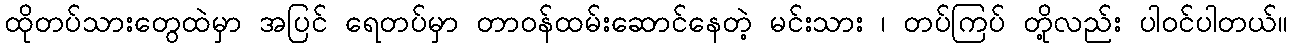
ထိုတပ်သားတွေထဲမှာ အပြင် ရေတပ်မှာ တာဝန်ထမ်းဆောင်နေတဲ့ မင်းသား ၊ တပ်ကြပ် တို့လည်း ပါဝင်ပါတယ်။